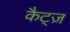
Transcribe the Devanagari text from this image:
कैट्ज़